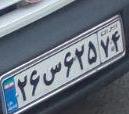
۲۶س۶۲۵۷۴